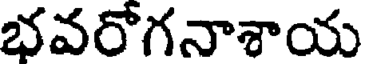
భవరోగనాశాయ